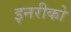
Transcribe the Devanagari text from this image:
इनरीको